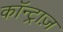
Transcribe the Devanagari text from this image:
कॉन्ट्राज़